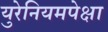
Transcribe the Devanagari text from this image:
युरेनियमपेक्षा